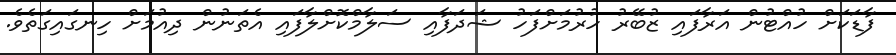
ފާޑަކަށް ހުއްޓުން އަރާފައި ޒުބޭރު ހުރުމަށްފަހު ޝަދަފާއި ސަލާމްކޮށްލާފައި އެތަނުން ދިއުމަށް ހިނގައިގަތެވެ.